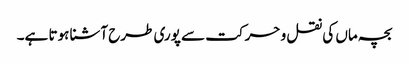
بچہ ماں کی نقل و حرکت سے پوری طرح آشنا ہوتا ہے۔